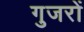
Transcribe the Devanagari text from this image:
गुजरों